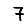
Digit: 7